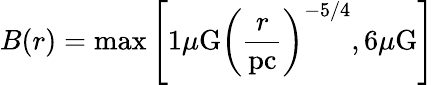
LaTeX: B(r)=\mathrm{max}\left[1\mu\mathrm{G}\left(\frac{r}{\mathrm{pc}}\right)^{-5/4},6\mu\mathrm{G}\right]